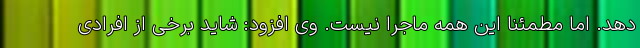
دهد. اما مطمئناً این همه ماجرا نیست. وی افزود: شاید برخی از افرادی